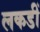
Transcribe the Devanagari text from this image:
लकडीं